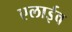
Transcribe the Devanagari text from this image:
एलाईव